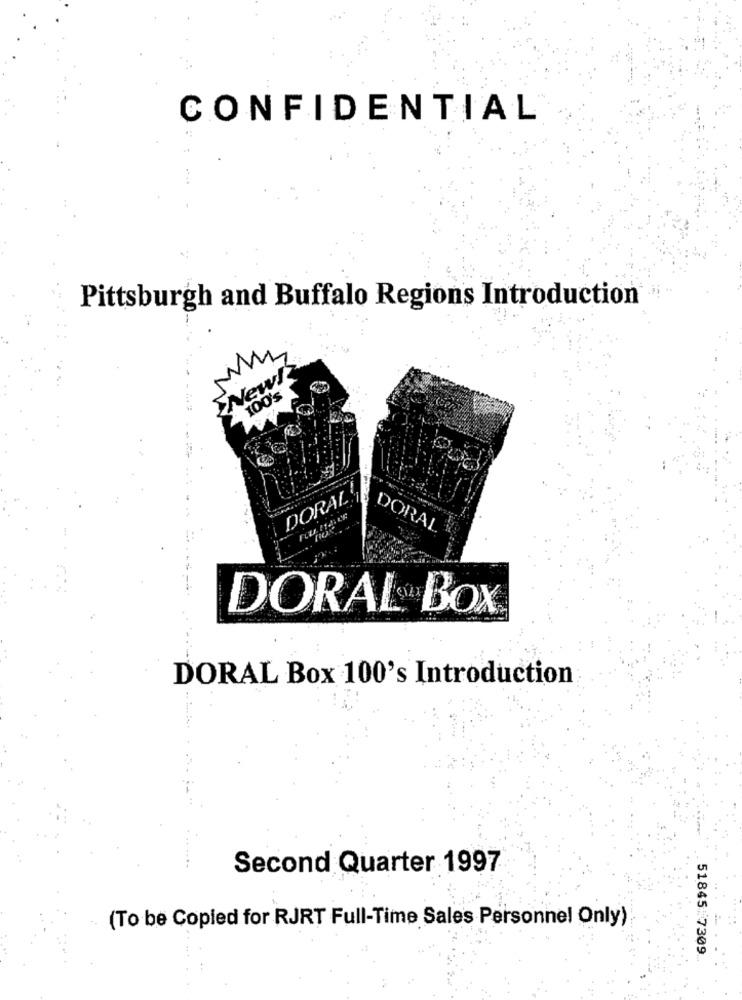
CONFIDENTIAL
Pittsburgh and Buffalo Regions Introduction
New!
100's
DORAL
DORAL
DORAL BOX
DORAL Box 100's Introduction
Second Quarter 1997
(To be Copied for RJRT Full-Time Sales Personnel Only)
51845 7309